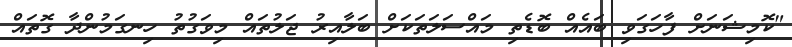
"ކޮމިޝަނަށް ފާހަގަވި ބައެއް ބޮޑެތި މައްސަލަތަކަށް ބަލާއިރު ޖަލުތައް މިވަގުތު ހިނގަމުންދާ ގޮތައް